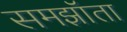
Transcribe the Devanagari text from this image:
समझॉता